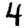
Digit: 4